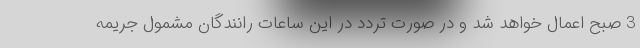
3 صبح اعمال خواهد شد و در صورت تردد در این ساعات رانندگان مشمول جریمه